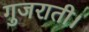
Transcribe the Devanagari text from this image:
गुजराती।